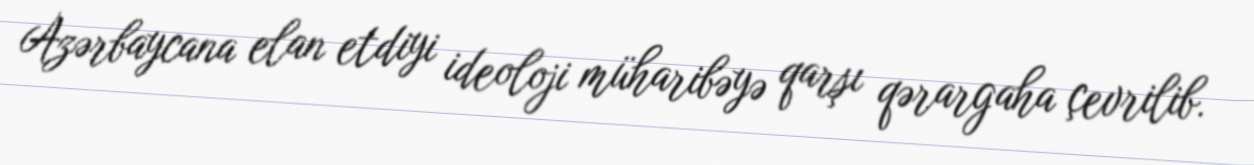
Azərbaycana elan etdiyi ideoloji müharibəyə qarşı qərargaha çevrilib.